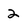
Character: 2